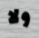
ولا